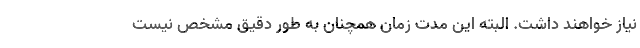
نیاز خواهند داشت. البته این مدت زمان همچنان به طور دقیق مشخص نیست